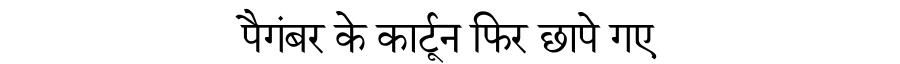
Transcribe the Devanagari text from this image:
पैगंबर के कार्टून फिर छापे गए